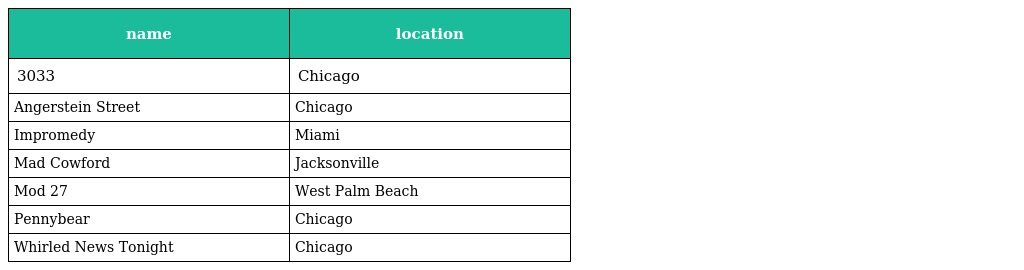
| name | location |
 | --- | --- |
 | 3033 | Chicago |
 | Angerstein Street | Chicago |
 | Impromedy | Miami |
 | Mad Cowford | Jacksonville |
 | Mod 27 | West Palm Beach |
 | Pennybear | Chicago |
 | Whirled News Tonight | Chicago |